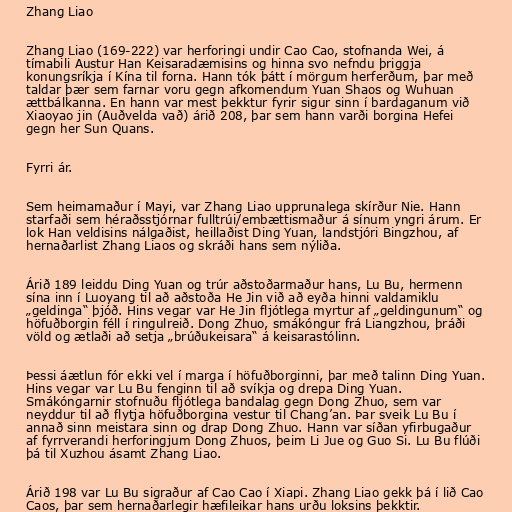
Zhang Liao

Zhang Liao (169-222) var herforingi undir Cao Cao, stofnanda Wei, á
tímabili Austur Han Keisaradæmisins og hinna svo nefndu þriggja
konungsríkja í Kína til forna. Hann tók þátt í mörgum herferðum, þar með
taldar þær sem farnar voru gegn afkomendum Yuan Shaos og Wuhuan
ættbálkanna. En hann var mest þekktur fyrir sigur sinn í bardaganum við
Xiaoyao jin (Auðvelda vað) árið 208, þar sem hann varði borgina Hefei
gegn her Sun Quans.

Fyrri ár.

Sem heimamaður í Mayi, var Zhang Liao upprunalega skírður Nie. Hann
starfaði sem héraðsstjórnar fulltrúi/embættismaður á sínum yngri árum. Er
lok Han veldisins nálgaðist, heillaðist Ding Yuan, landstjóri Bingzhou, af
hernaðarlist Zhang Liaos og skráði hans sem nýliða.

Árið 189 leiddu Ding Yuan og trúr aðstoðarmaður hans, Lu Bu, hermenn
sína inn í Luoyang til að aðstoða He Jin við að eyða hinni valdamiklu
„geldinga“ þjóð. Hins vegar var He Jin fljótlega myrtur af „geldingunum“ og
höfuðborgin féll í ringulreið. Dong Zhuo, smákóngur frá Liangzhou, þráði
völd og ætlaði að setja „brúðukeisara“ á keisarastólinn.

Þessi áætlun fór ekki vel í marga í höfuðborginni, þar með talinn Ding Yuan.
Hins vegar var Lu Bu fenginn til að svíkja og drepa Ding Yuan.
Smákóngarnir stofnuðu fljótlega bandalag gegn Dong Zhuo, sem var
neyddur til að flytja höfuðborgina vestur til Chang’an. Þar sveik Lu Bu í
annað sinn meistara sinn og drap Dong Zhuo. Hann var síðan yfirbugaður
af fyrrverandi herforingjum Dong Zhuos, þeim Li Jue og Guo Si. Lu Bu flúði
þá til Xuzhou ásamt Zhang Liao.

Árið 198 var Lu Bu sigraður af Cao Cao í Xiapi. Zhang Liao gekk þá í lið Cao
Caos, þar sem hernaðarlegir hæfileikar hans urðu loksins þekktir.